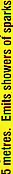
5 metres. Emils showers of sparks